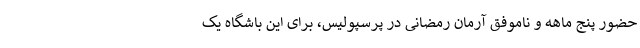
حضور پنج ماهه و ناموفق آرمان رمضانی در پرسپولیس، برای این باشگاه یک